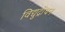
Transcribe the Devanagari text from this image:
विद्युद्रोधन